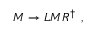
M \rightarrow L M R ^ { \dagger } ~ ,